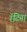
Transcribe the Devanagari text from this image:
रॅटिना